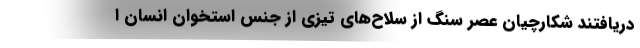
دریافتند شکارچیان عصر سنگ از سلاح‌های تیزی از جنس استخوان انسان ا